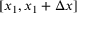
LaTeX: [ x _ { 1 } , x _ { 1 } + \Delta x ]